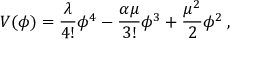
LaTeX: V ( \phi ) = \frac { \lambda } { 4 ! } \phi ^ { 4 } - \frac { \alpha \mu } { 3 ! } \phi ^ { 3 } + \frac { \mu ^ { 2 } } { 2 } \phi ^ { 2 } \: ,